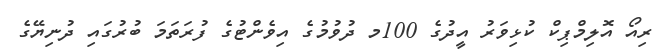
ރިއޯ އޮލިމްޕިކް ކުޅިވަރު އީދުގެ 100މ ދުވުމުގެ އިވެންޓުގެ ފުރަތަމަ ބުރުގައި ދުނިޔޭގެ